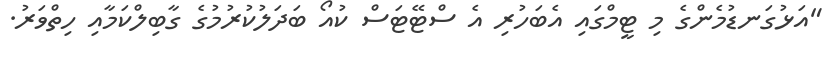
"އަޅުގަނޑުމެންގެ މި ޓީމްގައި އެބަހުރި އެ ސްޓޭޓަސް ކުއޯ ބަދަލުކުރުމުގެ ގާބިލްކަމާއި ހިތްވަރު.